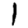
Digit: 1